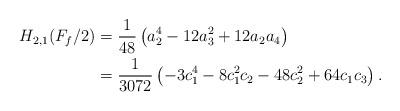
LaTeX: \begin{align*}H_{2,1}(F_{f}/2)&=\frac{1}{48} \left(a^4_2 - 12 a^2_3 + 12 a_2 a_4\right)\\&=\frac{1}{3072}\left(-3c^4_{1} -8c^2_{1} c_2 -48c^2_{2} +64c_1 c_3\right).\end{align*}